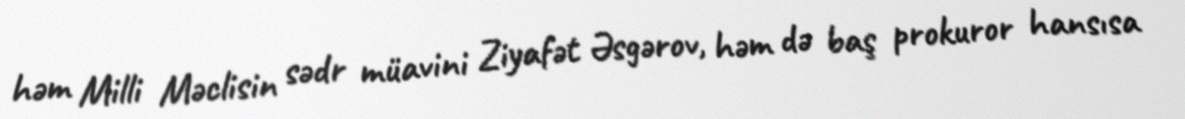
həm Milli Məclisin sədr müavini Ziyafət Əsgərov, həm də baş prokuror hansısa